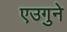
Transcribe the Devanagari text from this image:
एउगुने